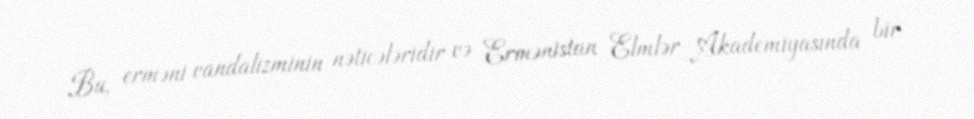
Bu, erməni vandalizminin nəticələridir və Ermənistan Elmlər Akademiyasında bir